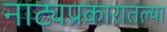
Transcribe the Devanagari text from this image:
नाट्यप्रकारातल्या